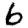
Digit: 6